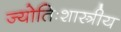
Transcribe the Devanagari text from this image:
ज्योतिःशास्त्रीय